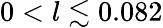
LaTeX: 0<l\lesssim 0.082